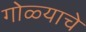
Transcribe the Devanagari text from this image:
गोळ्याचे